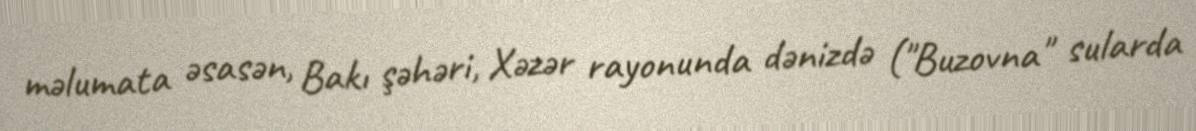
məlumata əsasən, Bakı şəhəri, Xəzər rayonunda dənizdə ("Buzovna" sularda